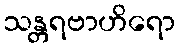
သန္တရဗာဟိရော